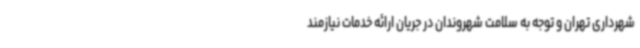
شهرداری تهران و توجه به سلامت شهروندان در جریان ارائه خدمات نیازمند